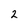
Character: 2